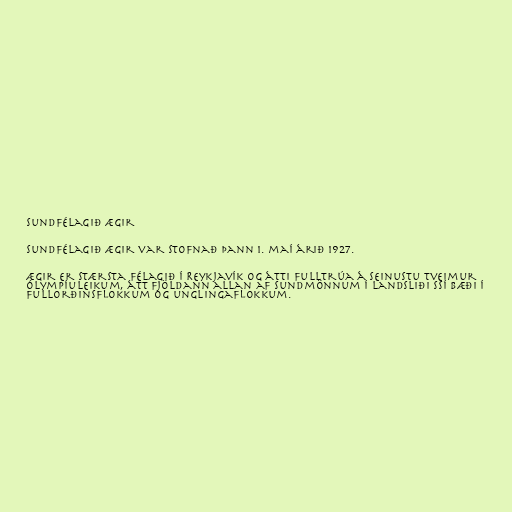
Sundfélagið Ægir

Sundfélagið Ægir var stofnað þann 1. maí árið 1927.

Ægir er stærsta félagið í Reykjavík og átti fulltrúa á seinustu tveimur
Ólympíuleikum, átt fjöldann allan af sundmönnum í landsliði SSÍ bæði í
fullorðinsflokkum og unglingaflokkum.